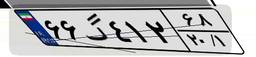
۶۶گ۴۱۲۶۸